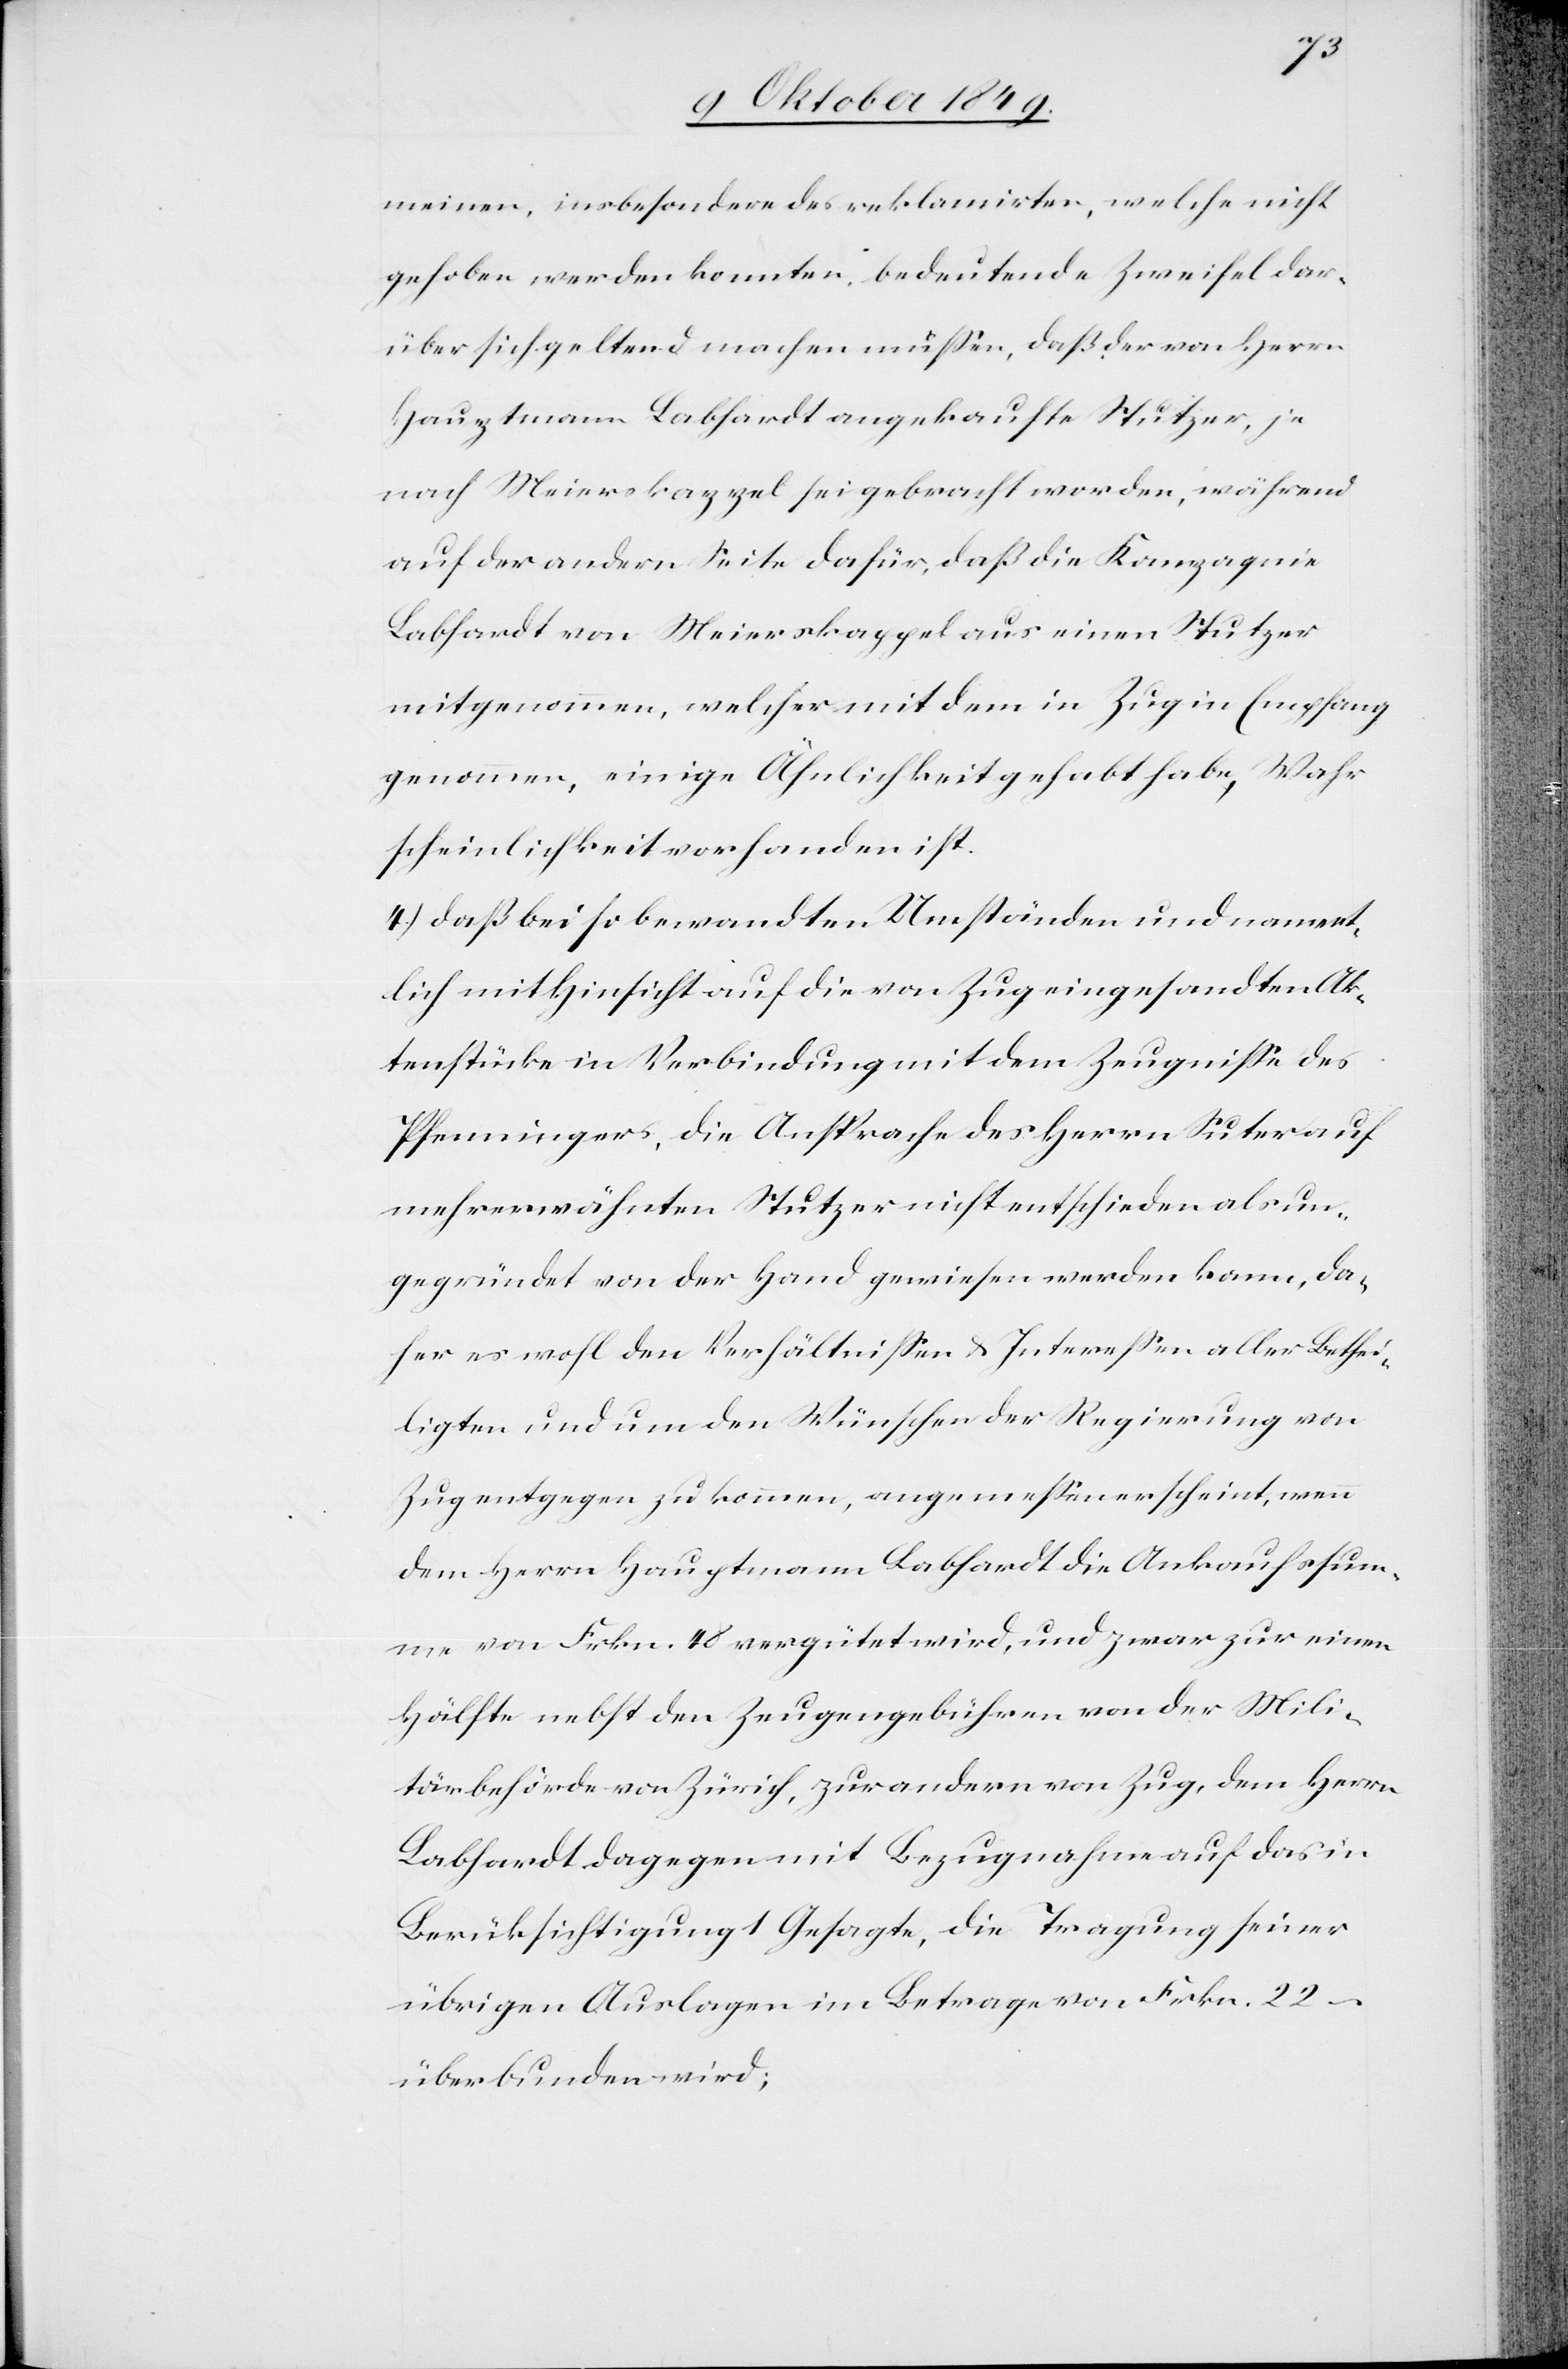
meinen, insbesondere des reklamirten, welche nicht
gehoben werden konnten, bedeutende Zweifel dar¬
über sich geltend machen müßen, daß der von Herrn
Hauptmann Labhardt angekaufte Stutzer, je
nach Meierskappel sei gebracht worden, während
auf der andern Seite dafür, daß die Kompagnie
Labhardt von Meierskappel aus einen Stutzer
mitgenommen, welcher mit dem in Zug in Empfang
genommen, einige Ähnlichkeit gehabt habe, Wahr¬
scheinlichkeit vorhanden ist.
4.) daß bei so bewandten Umständen und nament¬
lich mit Hinsicht auf die von Zug eingesandten Ak¬
tenstücke in Verbindung mit dem Zeugniße des
Pfenningers, die Ansprache des Herrn Suter auf
mehrerwähnten Stutzer nicht entschieden als un¬
gegründet von der Hand gewiesen werden kann, da¬
her es wohl den Verhältnißen u. Intereßen aller Bethei¬
ligten und um den Wünschen der Regierung von
Zug entgegen zu kommen, angemeßen erscheint, wenn
dem Herrn Hauptmann Labhardt die Ankaufssum¬
me von Frkn. 48 vergütet wird, und zwar zur einen
Hälfte nebst den Zeugengebühren von der Mili¬
tärbehörde von Zürich, zur andern von Zug, dem Herrn
Labhardt dagegen mit Bezugnahme auf das in
Berücksichtigung 1 Gesagte, die Tragung seiner
übrigen Auslagen im Betrage von Frkn. 22 –
überbunden wird;